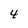
Character: 4